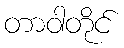
တာဝါတိုင်